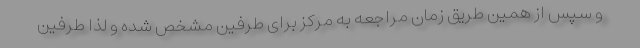
و سپس از همین طریق زمان مراجعه به مرکز برای طرفین مشخص شده و لذا طرفین